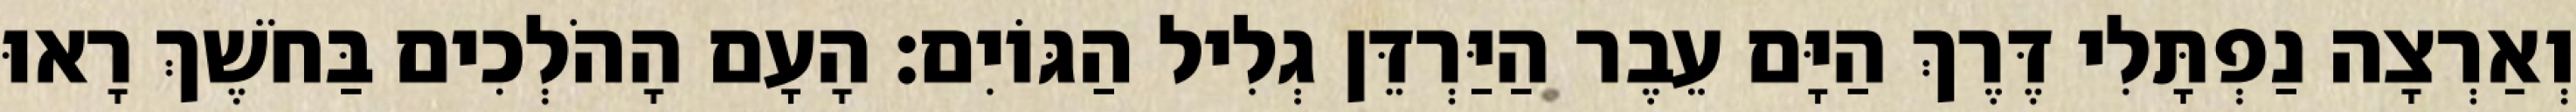
וְאַרְצָה נַפְתָּלִי דֶּרֶךְ הַיָּם עֵבֶר הַיַּרְדֵּן גְלִיל הַגּוֹיִם׃ הָעָם הָהֹלְכִים בַּחֹשֶׁךְ רָאוּ